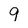
Character: 9